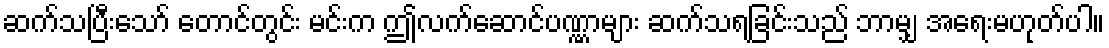
ဆက်သပြီးသော် တောင်တွင်း မင်းက ဤလက်ဆောင်ပဏ္ဏာများ ဆက်သရခြင်းသည် ဘာမျှ အရေးမဟုတ်ပါ။